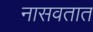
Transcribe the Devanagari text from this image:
नासवतात